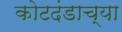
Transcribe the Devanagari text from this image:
कोटदंडाच्या